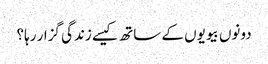
دونوں بیویوں کے ساتھ کیسے زندگی گزار رہا؟